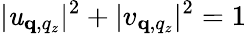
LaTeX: |\mathit{u}_{\mathbf{q},q_{z}}|^{2}+|v_{\mathbf{q},q_{z}}|^{2}=1